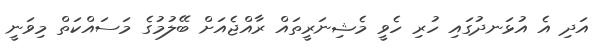
އަދި އެ އުޅަނދުގައި ހުރި ހެވީ މެޝިނަރީތައް ރާއްޖެއަށް ބޭލުމުގެ މަސައްކަތް މިވަނީ